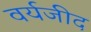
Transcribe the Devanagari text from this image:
वर्यजीद